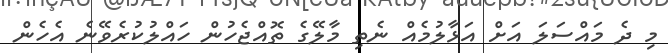
މި ދެ މައްސަލަ އަށް އަޅާލުމެއް ނެތި މާލޭގެ ތޮއްޖެހުން ހައްލުކުރެވޭނެ އެހެން